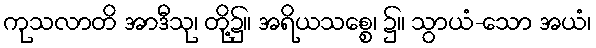
ကုသလာတိ အာဒီသု၊ တို့၌။ အရိယသစ္စေ၊ ၌။ သွာယံ-သော အယံ၊